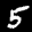
Label: 5